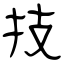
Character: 技